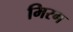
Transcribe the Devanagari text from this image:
मिरग